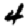
Digit: 4